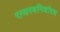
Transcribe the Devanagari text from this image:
राजस्वनिर्धारण